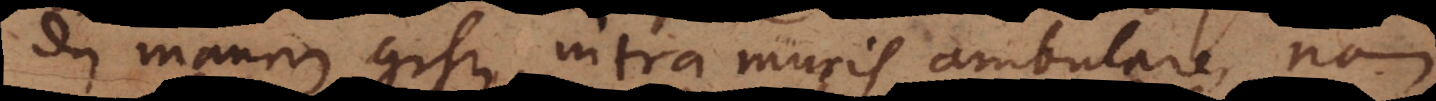
den mauren gehen, intra muris ambulare, nam